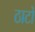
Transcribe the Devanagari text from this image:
ठाटों